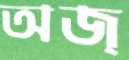
অজ্